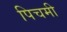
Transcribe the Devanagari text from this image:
पिचमी